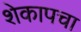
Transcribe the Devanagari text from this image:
शेकापचा